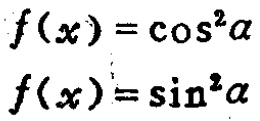
\[
\begin{align*}
f(x)&=\cos^{2}\alpha\\
f(x)&=\sin^{2}\alpha
\end{align*}
\]